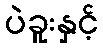
ပဲခူးနှင့်